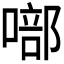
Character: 𭊘